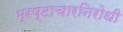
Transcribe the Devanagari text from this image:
भ्रष्टाचारनिरोधी